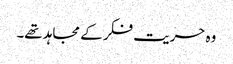
وہ حریت فکر کے مجاہد تھے۔